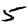
Digit: 5